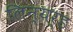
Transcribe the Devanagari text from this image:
लिन्यर्ड